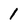
Character: 1